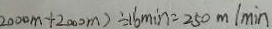
2 0 0 0 m + 2 0 0 0 m ) \div 1 6 \min = 2 5 0 m / \min